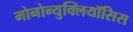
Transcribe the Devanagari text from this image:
मोनोन्युक्लियॉसिस